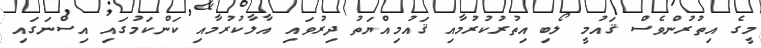
މީގެ އިތުރުންވެސް ޤައުމީ ލޯބި އިތުރުކުރުމާއި ޤައުމިއްޔަތު ދިރުވައި އާލާކުރުމާއި ކަންކަމުގައި އިސްނަގައި